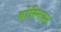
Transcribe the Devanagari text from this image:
बोस्नियन